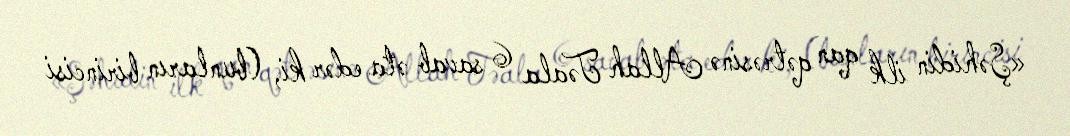
«Şəhidin ilk qan qətrəsinə Allah Təala 6 savab əta edər ki, (bunların birincisi